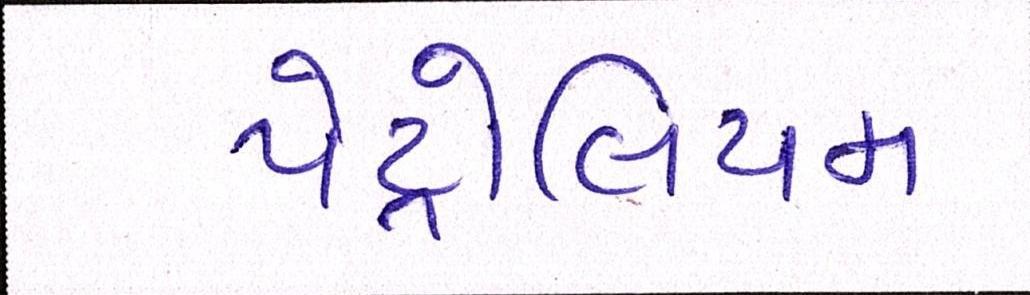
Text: પેટ્રોલિયમ